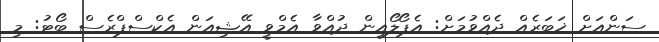
ސަންއަށް ޚަބަރެއް ދެއްވުމަށް: އެޕޯލޯއިން ދުއްވާ އެމްވީ އޭޝިއަން އެކްސްޕްރެސް ބޯޓު: މި